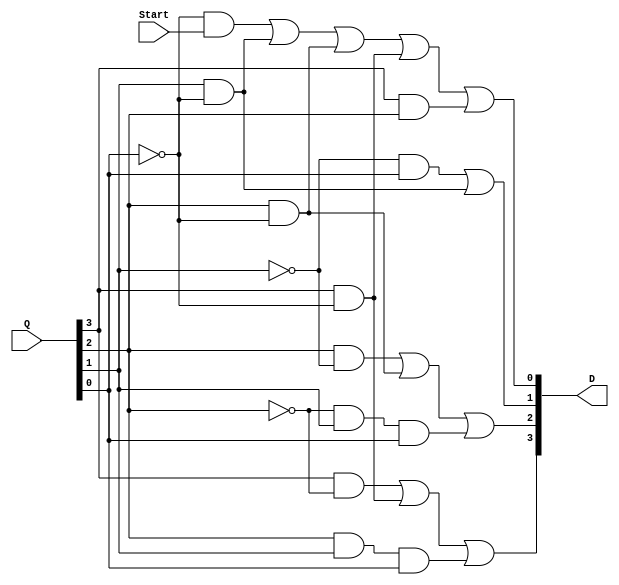
module next_state(Start, Q, D);
	input Start;
	input [3:0] Q;
	output [3:0] D;
	wire nQ2, nQ1, nQ0;
	wire and1, and2, and3, and4, and5, and6, and7, and8, and9, and10, and11, and12, and13;
// port not
	not n3(nQ2, Q[2]);
	not n2(nQ1, Q[1]);
	not n1(nQ0, Q[0]);
// D3	
	and a1(and1, Q[3], nQ2);
	and a2(and2, Q[3], nQ0);
	and a3(and3, Q[2], Q[1], Q[0]);
	or o1(D[3], and1, and2, and3);
// D2	
	and a4(and4, Q[2], nQ1);
	and a5(and5, Q[2], nQ0);
	and a6(and6, nQ2, Q[1], Q[0]);
	or o2(D[2], and4, and5, and6);
// D1
	and a7(and7, nQ1, Q[0]);
	and a8(and8, Q[1], nQ0);
	or o3(D[1], and7, and8);
// D0
	and a9(and9, nQ0, Start);
	and a10(and10, Q[1], nQ0);
	and a11(and11, Q[2], nQ0);
	and a12(and12, Q[3], nQ0);
	and a13(and13, Q[3], Q[2]);
	or o4(D[0], and9, and10, and11, and12, and13);
	
	
endmodule